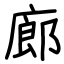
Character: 廊